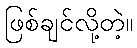
ဖြစ်ချင်လို့တဲ့။